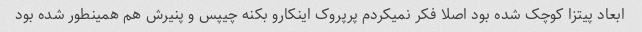
ابعاد پیتزا کوچک شده بود اصلا فکر نمیکردم پرپروک اینکارو بکنه چیپس و پنیرش هم همینطور شده بود